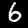
Digit: 6